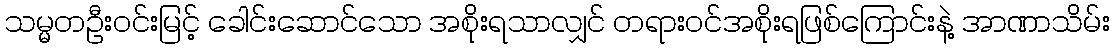
သမ္မတဦးဝင်းမြင့် ခေါင်းဆောင်သော အစိုးရသာလျှင် တရားဝင်အစိုးရဖြစ်ကြောင်းနဲ့ အာဏာသိမ်း